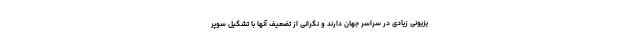
یزیونی زیادی در سراسر جهان دارند و نگرانی از تضعیف آنها با تشگیل سوپر